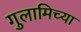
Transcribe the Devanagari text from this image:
गुलामिच्या